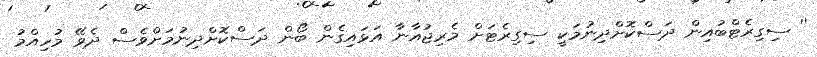
'' ސިގިރެޓްބުއިން ދަސްކޮށްދިނުމަކީ ސިގިރެޓަށް މެރިޖުއާނާ އަޅައިގެން ބޯން ދަސްކޮށްދިނުމަށްވެސް ދެވޭ މުހިއްމު